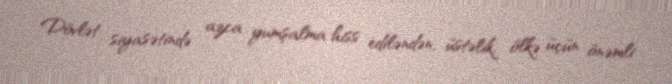
Dövlət siyasətində azca yumşalma hiss ediləndən, üstəlik, ölkə üçün önəmli